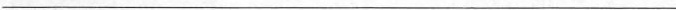
___